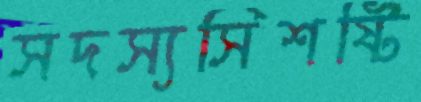
সদস্যসিশষ্টি